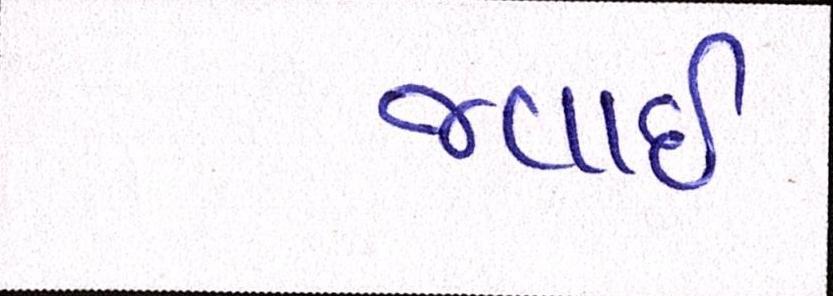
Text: જવાઇ